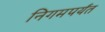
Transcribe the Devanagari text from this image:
निगमपर्यंत